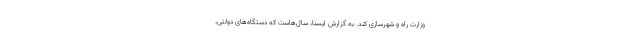
وزارت راه و شهرسازی کند. به گزارش ایسنا، سال‌هاست که دستگاه‌های دولتی،